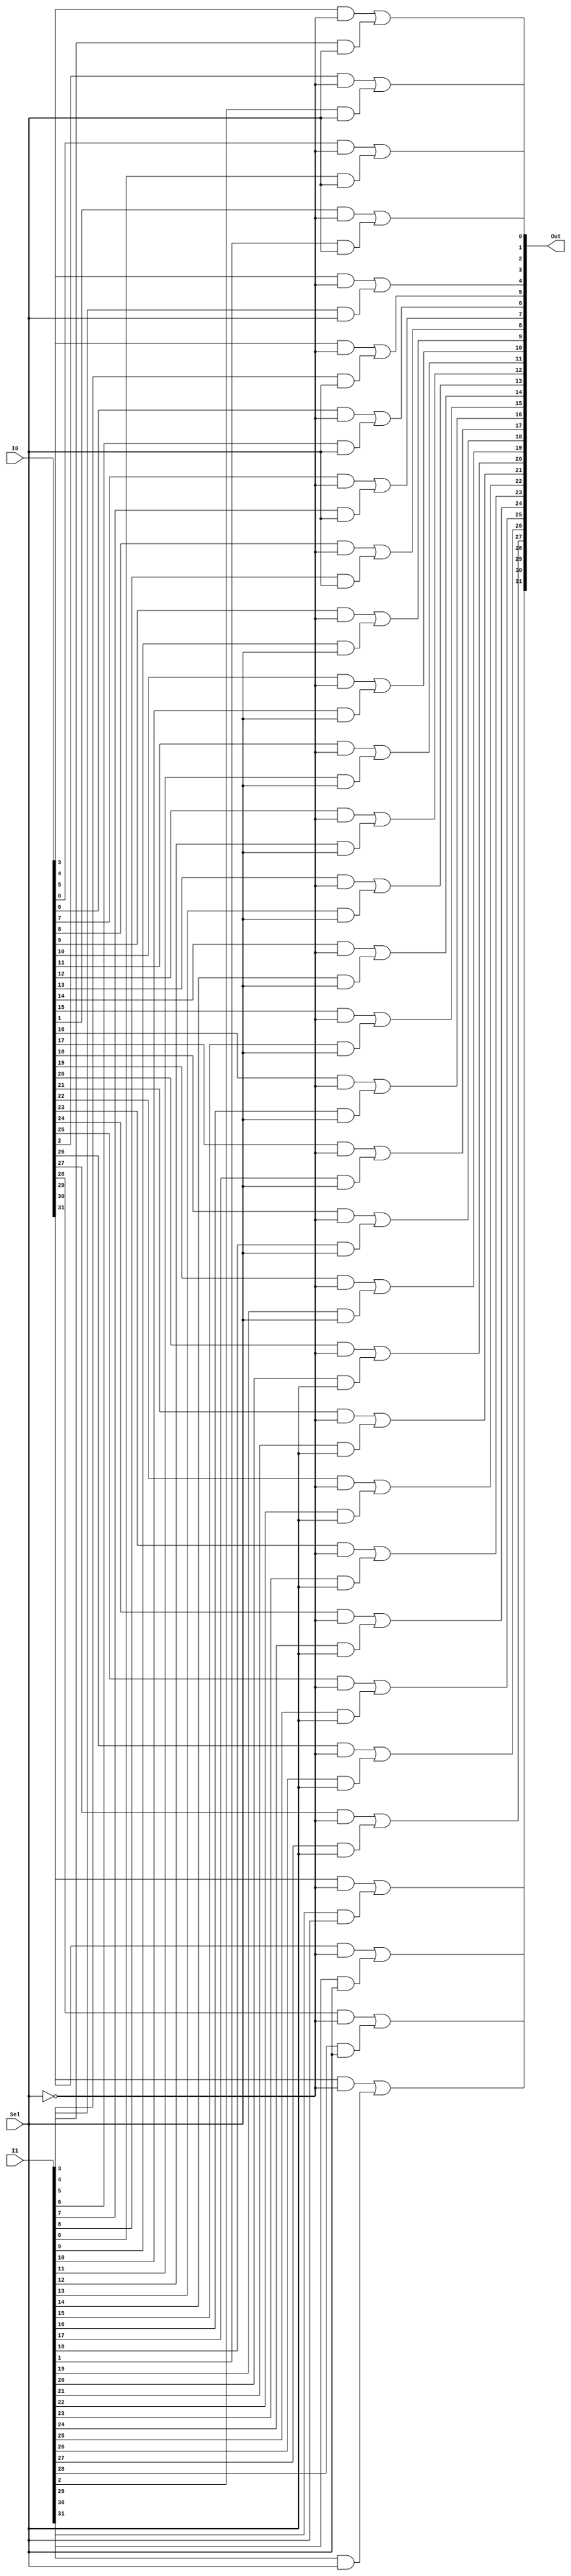
`timescale 1ns/1ns

module Mux2to1_32bit(I0, I1, Sel, Out);

input [31:0] I0, I1;
input Sel;
output [31:0] Out;

wire SelBar;
wire [31:0] OutI0, OutI1;

not SELBAR(SelBar, Sel);

genvar i;
generate
	for(i = 0; i < 32; i = i + 1) begin
		and OUTI0(OutI0[i], I0[i], SelBar);
		and OUTI1(OutI1[i], I1[i], Sel);
		or #5 OUT0(Out[i], OutI0[i], OutI1[i]);
	end
endgenerate

endmodule